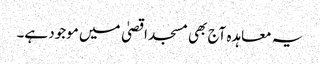
یہ معاہدہ آج بھی مسجد اقصیٰ میں موجود ہے۔